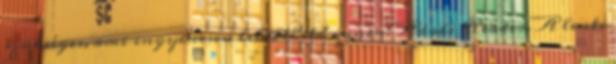
szükséges, ami ingyenesen letölthető innen: Adobe Reader. A lenti